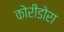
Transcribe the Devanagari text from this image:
कोरीडोरा